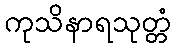
ကုသိနာရသုတ္တံ